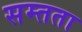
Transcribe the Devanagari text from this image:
सम्तता